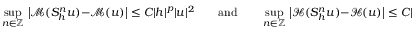
\operatorname* { s u p } _ { n \in \mathbb { Z } } \, \big | \mathcal { M } ( S _ { h } ^ { n } u ) - \mathcal { M } ( u ) \big | \leq C | h | ^ { p } | u | ^ { 2 } \qquad \mathrm { a n d } \qquad \operatorname* { s u p } _ { n \in \mathbb { Z } } \, \big | \mathcal { H } ( S _ { h } ^ { n } u ) - \mathcal { H } ( u ) \big | \leq C | h | ^ { p } | u | ^ { 2 } ,